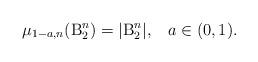
LaTeX: \begin{align*}\mu_{1-a, n}( {\rm B}_2^n ) = | {\rm B}_2^n |,\;\;\; a \in (0, 1).\end{align*}